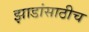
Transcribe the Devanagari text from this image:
झाडांसाठीच